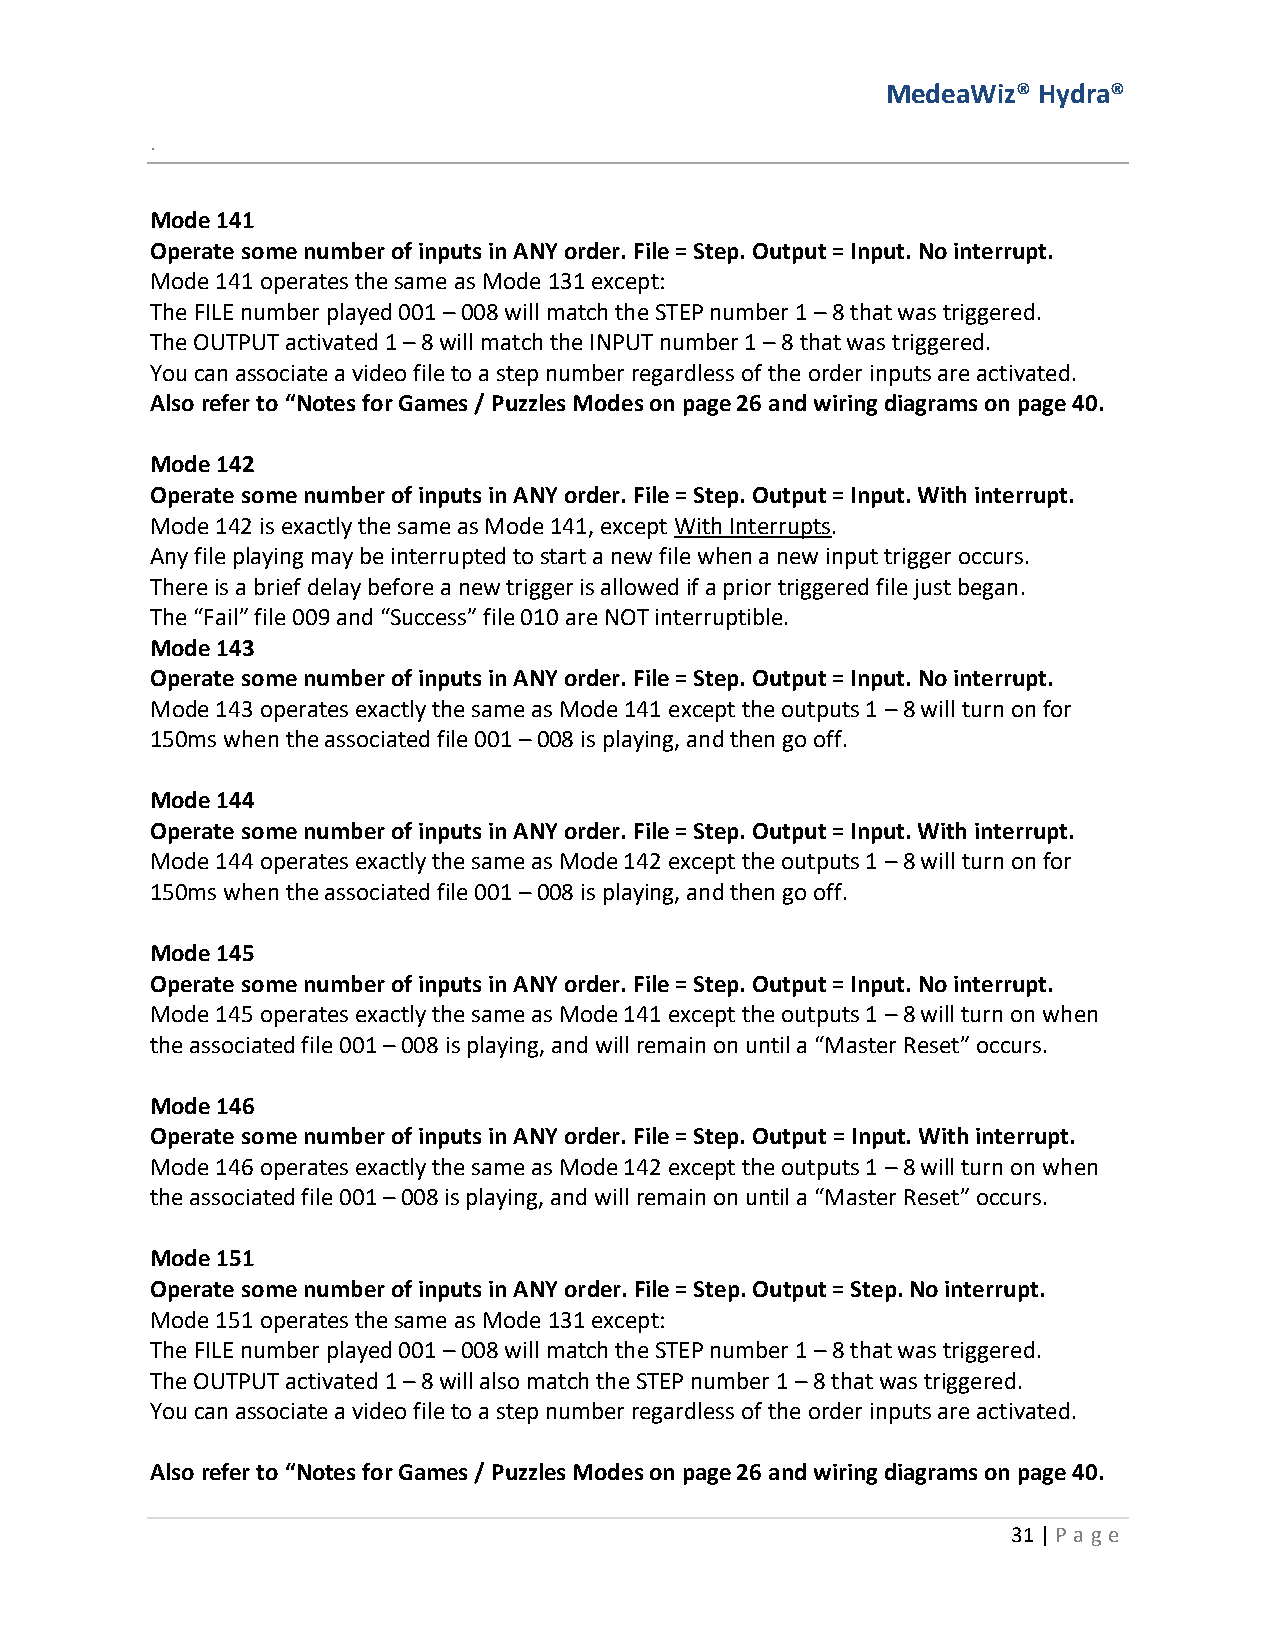
MedeaWiz® Hydra®
 .
 Mode 141
 Operate some number of inputs in ANY order. File = Step. Output = Input. No interrupt.
 Mode 141 operates the same as Mode 131 except:
 The FILE number played 001 – 008 will match the STEP number 1 – 8 that was triggered.
 The OUTPUT activated 1 – 8 will match the INPUT number 1 – 8 that was triggered.
 You can associate a video file to a step number regardless of the order inputs are activated.
 Also refer to “Notes for Games / Puzzles Modes on page 26 and wiring diagrams on page 40.
 Mode 142
 Operate some number of inputs in ANY order. File = Step. Output = Input. With interrupt.
 Mode 142 is exactly the same as Mode 141, except With Interrupts.
 Any file playing may be interrupted to start a new file when a new input trigger occurs.
 There is a brief delay before a new trigger is allowed if a prior triggered file just began.
 The “Fail” file 009 and “Success” file 010 are NOT interruptible.
 Mode 143
 Operate some number of inputs in ANY order. File = Step. Output = Input. No interrupt.
 Mode 143 operates exactly the same as Mode 141 except the outputs 1 – 8 will turn on for
 150ms when the associated file 001 – 008 is playing, and then go off.
 Mode 144
 Operate some number of inputs in ANY order. File = Step. Output = Input. With interrupt.
 Mode 144 operates exactly the same as Mode 142 except the outputs 1 – 8 will turn on for
 150ms when the associated file 001 – 008 is playing, and then go off.
 Mode 145
 Operate some number of inputs in ANY order. File = Step. Output = Input. No interrupt.
 Mode 145 operates exactly the same as Mode 141 except the outputs 1 – 8 will turn on when
 the associated file 001 – 008 is playing, and will remain on until a “Master Reset” occurs.
 Mode 146
 Operate some number of inputs in ANY order. File = Step. Output = Input. With interrupt.
 Mode 146 operates exactly the same as Mode 142 except the outputs 1 – 8 will turn on when
 the associated file 001 – 008 is playing, and will remain on until a “Master Reset” occurs.
 Mode 151
 Operate some number of inputs in ANY order. File = Step. Output = Step. No interrupt.
 Mode 151 operates the same as Mode 131 except:
 The FILE number played 001 – 008 will match the STEP number 1 – 8 that was triggered.
 The OUTPUT activated 1 – 8 will also match the STEP number 1 – 8 that was triggered.
 You can associate a video file to a step number regardless of the order inputs are activated.
 Also refer to “Notes for Games / Puzzles Modes on page 26 and wiring diagrams on page 40.
 31 | P age